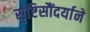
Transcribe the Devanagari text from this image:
सृष्टिसौंदर्याने